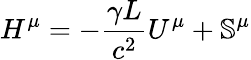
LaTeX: H^{\mu}=-\frac{\gamma L}{c^{2}}U^{\mu}+\mathbb{S}^{\mu}